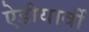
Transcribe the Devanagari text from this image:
ऐडीयार्वी